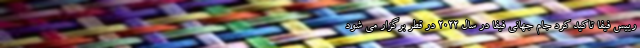
رییس فیفا تاکید کرد جام جهانی فیفا در سال ۲۰۲۲ در قطر برگزار می شود